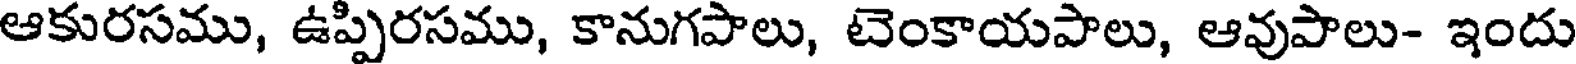
ఆకురసము, ఉప్పిరసము, కానుగపాలు, టెంకాయపాలు, ఆవుపాలు- ఇందు